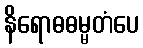
နိရောဓဓမ္မတံပေ